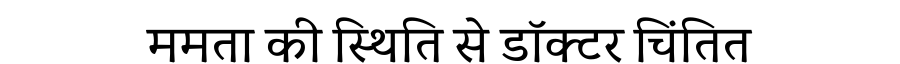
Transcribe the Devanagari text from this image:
ममता की स्थिति से डॉक्टर चिंतित